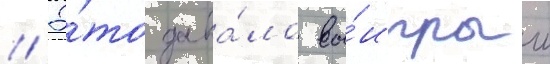
// Э́то дава́ло вы́игрыш